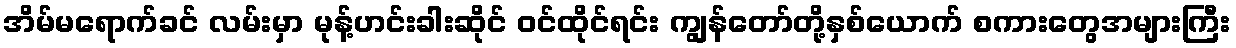
အိမ်မရောက်ခင် လမ်းမှာ မုန့်ဟင်းခါးဆိုင် ဝင်ထိုင်ရင်း ကျွန်တော်တို့နှစ်ယောက် စကားတွေအများကြီး